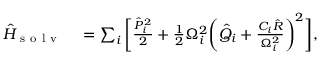
\begin{array} { r l } { \hat { H } _ { \mathrm { ~ s ~ o ~ l ~ v ~ } } } & { { } = \sum _ { i } \bigg [ \frac { \hat { P } _ { i } ^ { 2 } } { 2 } + \frac { 1 } { 2 } \Omega _ { i } ^ { 2 } \bigg ( \hat { Q } _ { i } + \frac { C _ { i } \hat { R } } { \Omega _ { i } ^ { 2 } } \bigg ) ^ { 2 } \bigg ] , } \end{array}